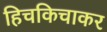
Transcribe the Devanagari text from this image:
हिचकिचाकर